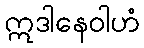
ဣဒါနေဝါဟံ